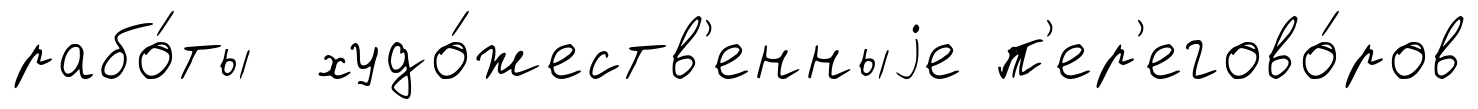
рабо́ты худо́жеств'енныjе п'ер'егово́ров